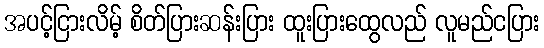
အပင့်ငြားလိမ့် စိတ်ပြားဆန်းပြား ထူးပြားထွေလည် လူမည်ငပြား